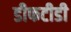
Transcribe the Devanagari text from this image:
डीफटीडी